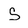
Character: S